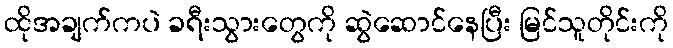
ထိုအချက်ကပဲ ခရီးသွားတွေကို ဆွဲဆောင်နေပြီး မြင်သူတိုင်းကို